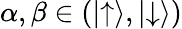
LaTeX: \alpha,\beta\in(|{\uparrow}\rangle,|{\downarrow}\rangle)